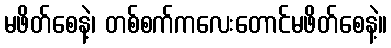
မဖိတ်စေနဲ့၊ တစ်စက်ကလေးတောင်မဖိတ်စေနဲ့။